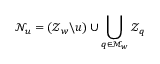
\mathcal { N } _ { u } = ( \mathcal { Z } _ { w } \backslash u ) \cup \bigcup _ { q \in \mathcal { M } _ { w } } \mathcal { Z } _ { q }